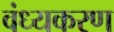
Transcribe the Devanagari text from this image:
वंध्यकरण